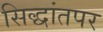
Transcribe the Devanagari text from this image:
सिद्धांतपर